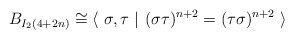
\begin{align*} B_{I_2(4+2n)}\cong \langle \ \sigma, \tau \ \vert \ (\sigma\tau)^{n+2}=(\tau\sigma)^{n+2} \ \rangle\end{align*}